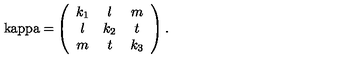
\mathrm { \ k a p p a = } \left( \begin{array} { c c c } { k _ { 1 } } & { l } & { m } \\ { l } & { k _ { 2 } } & { t } \\ { m } & { t } & { k _ { 3 } } \\ \end{array} \right) .